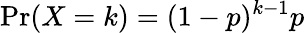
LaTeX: \operatorname*{Pr}(X=k)=(1-p)^{k-1}p